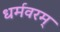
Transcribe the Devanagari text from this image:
धर्मवरम्